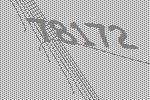
78172